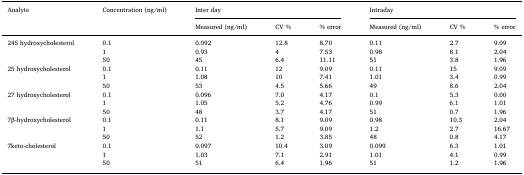
<table><thead><tr><td rowspan="2"><b>Analyte</b></td><td rowspan="2"><b>Concentration (ng/ml)</b></td><td colspan="3"><b>Inter day</b></td><td colspan="3"><b>Intraday</b></td></tr><tr><td><b>Measured (ng/ml)</b></td><td><b>CV %</b></td><td><b>% error</b></td><td><b>Measured (ng/ml)</b></td><td><b>CV %</b></td><td><b>% error</b></td></tr></thead><tbody><tr><td rowspan="3">24S hydroxycholesterol</td><td>0.1</td><td>0.092</td><td>12.8</td><td>8.70</td><td>0.11</td><td>2.7</td><td>9.09</td></tr><tr><td>1</td><td>0.93</td><td>4</td><td>7.53</td><td>0.98</td><td>8.1</td><td>2.04</td></tr><tr><td>50</td><td>45</td><td>6.4</td><td>11.11</td><td>51</td><td>3.8</td><td>1.96</td></tr><tr><td rowspan="3">25 hydroxycholesterol</td><td>0.1</td><td>0.11</td><td>12</td><td>9.09</td><td>0.11</td><td>15</td><td>9.09</td></tr><tr><td>1</td><td>1.08</td><td>10</td><td>7.41</td><td>1.01</td><td>3.4</td><td>0.99</td></tr><tr><td>50</td><td>53</td><td>4.5</td><td>5.66</td><td>49</td><td>8.6</td><td>2.04</td></tr><tr><td rowspan="3">27 hydroxycholesterol</td><td>0.1</td><td>0.096</td><td>7.0</td><td>4.17</td><td>0.1</td><td>5.3</td><td>0.00</td></tr><tr><td>1</td><td>1.05</td><td>5.2</td><td>4.76</td><td>0.99</td><td>6.1</td><td>1.01</td></tr><tr><td>50</td><td>48</td><td>3.7</td><td>4.17</td><td>51</td><td>0.7</td><td>1.96</td></tr><tr><td rowspan="3">7β-hydroxycholesterol</td><td>0.1</td><td>0.11</td><td>8.1</td><td>9.09</td><td>0.98</td><td>10.3</td><td>2.04</td></tr><tr><td>1</td><td>1.1</td><td>5.7</td><td>9.09</td><td>1.2</td><td>2.7</td><td>16.67</td></tr><tr><td>50</td><td>52</td><td>1.2</td><td>3.85</td><td>48</td><td>0.8</td><td>4.17</td></tr><tr><td rowspan="3">7keto-cholesterol</td><td>0.1</td><td>0.097</td><td>10.4</td><td>3.09</td><td>0.099</td><td>6.3</td><td>1.01</td></tr><tr><td>1</td><td>1.03</td><td>7.1</td><td>2.91</td><td>1.01</td><td>4.1</td><td>0.99</td></tr><tr><td>50</td><td>51</td><td>6.4</td><td>1.96</td><td>51</td><td>1.2</td><td>1.96</td></tr></tbody></table>